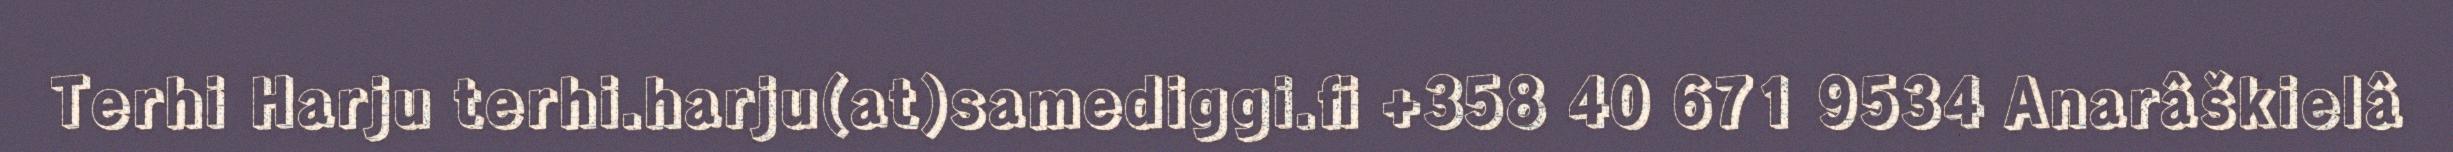
Terhi Harju terhi.harju(at)samediggi.fi +358 40 671 9534 Anarâškielâ